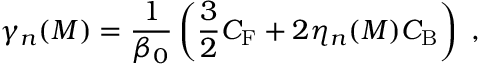
\gamma _ { n } ( M ) = \frac { 1 } { \beta _ { 0 } } \left( \frac { 3 } { 2 } C _ { \mathrm { F } } + 2 \eta _ { n } ( M ) C _ { \mathrm { B } } \right) \; ,